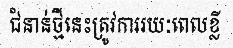
ជំនាន់ថ្មីនេះត្រូវការរយៈពេលខ្លី